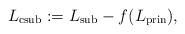
LaTeX: \begin{align*}L_\mathrm{csub}:=L_\mathrm{sub}-f(L_\mathrm{prin}),\end{align*}